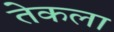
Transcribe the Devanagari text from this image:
तेकला